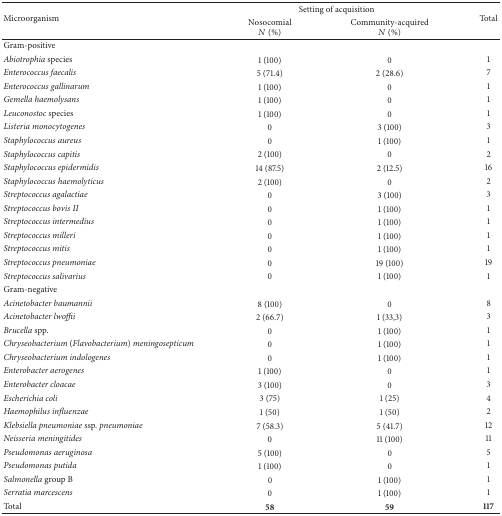
<table><thead><tr><td rowspan="2"><b>Microorganism</b></td><td colspan="2"><b> Setting of acquisition</b></td><td rowspan="2"><b>Total</b></td></tr><tr><td><b>Nosocomial<i>N</i> (%)</b></td><td><b>Community-acquired <i>N</i> (%)</b></td></tr></thead><tbody><tr><td>Gram-positive</td><td> </td><td> </td><td> </td></tr><tr><td><i>Abiotrophia</i> species</td><td>1 (100)</td><td>0</td><td>1</td></tr><tr><td><i>Enterococcus faecalis </i></td><td>5 (71.4)</td><td>2 (28.6)</td><td>7</td></tr><tr><td><i>Enterococcus gallinarum </i></td><td>1 (100)</td><td>0</td><td>1</td></tr><tr><td><i>Gemella haemolysans</i></td><td>1 (100)</td><td>0</td><td>1</td></tr><tr><td><i>Leuconostoc</i> species</td><td>1 (100)</td><td>0</td><td>1</td></tr><tr><td><i>Listeria monocytogenes</i></td><td>0</td><td>3 (100)</td><td>3</td></tr><tr><td><i>Staphylococcus aureus</i></td><td>0</td><td>1 (100)</td><td>1</td></tr><tr><td><i>Staphylococcus capitis</i></td><td>2 (100)</td><td>0</td><td>2</td></tr><tr><td><i>Staphylococcus epidermidis</i></td><td>14 (87.5)</td><td>2 (12.5)</td><td>16</td></tr><tr><td><i>Staphylococcus haemolyticus</i></td><td>2 (100)</td><td>0</td><td>2</td></tr><tr><td><i>Streptococcus agalactiae</i></td><td>0</td><td>3 (100)</td><td>3</td></tr><tr><td><i>Streptococcus bovis II</i></td><td>0</td><td>1 (100)</td><td>1</td></tr><tr><td><i>Streptococcus intermedius </i></td><td>0</td><td>1 (100)</td><td>1</td></tr><tr><td><i>Streptococcus milleri </i></td><td>0</td><td>1 (100)</td><td>1</td></tr><tr><td><i>Streptococcus mitis </i></td><td>0</td><td>1 (100)</td><td>1</td></tr><tr><td><i>Streptococcus pneumoniae </i></td><td>0</td><td>19 (100)</td><td>19</td></tr><tr><td><i>Streptococcus salivarius</i></td><td>0</td><td>1 (100)</td><td>1</td></tr><tr><td>Gram-negative</td><td> </td><td> </td><td> </td></tr><tr><td><i>Acinetobacter baumannii</i></td><td>8 (100)</td><td>0</td><td>8</td></tr><tr><td><i>Acinetobacter lwoffii </i></td><td>2 (66.7)</td><td>1 (33,3)</td><td>3</td></tr><tr><td><i>Brucella </i>spp.</td><td>0</td><td>1 (100)</td><td>1</td></tr><tr><td><i>Chryseobacterium</i> (<i>Flavobacterium</i>) <i>meningosepticum</i></td><td>0</td><td>1 (100)</td><td>1</td></tr><tr><td><i>Chryseobacterium indologenes</i></td><td>0</td><td>1 (100)</td><td>1</td></tr><tr><td><i>Enterobacter aerogenes</i></td><td>1 (100)</td><td>0</td><td>1</td></tr><tr><td><i>Enterobacter cloacae</i></td><td>3 (100)</td><td>0</td><td>3</td></tr><tr><td><i>Escherichia coli</i></td><td>3 (75)</td><td>1 (25)</td><td>4</td></tr><tr><td><i>Haemophilus influenzae</i></td><td>1 (50)</td><td>1 (50)</td><td>2</td></tr><tr><td><i>Klebsiella pneumoniae </i>ssp.<i> pneumoniae</i></td><td>7 (58.3)</td><td>5 (41.7)</td><td>12</td></tr><tr><td><i>Neisseria meningitides</i></td><td>0</td><td>11 (100)</td><td>11</td></tr><tr><td><i>Pseudomonas aeruginosa</i></td><td>5 (100)</td><td>0</td><td>5</td></tr><tr><td><i>Pseudomonas putida</i></td><td>1 (100)</td><td>0</td><td>1</td></tr><tr><td><i>Salmonella </i>group B</td><td>0</td><td>1 (100)</td><td>1</td></tr><tr><td><i>Serratia marcescens </i></td><td>0</td><td>1 (100)</td><td>1</td></tr><tr><td>Total</td><td><b>58</b></td><td><b>59</b></td><td><b>117</b></td></tr></tbody></table>